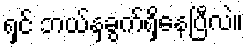
ရှင် ဘယ်နှခွက်ရှိနေပြီလဲ။